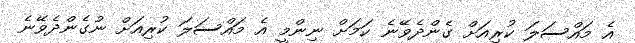
އެ މައްސަލަ ކުރިއަށް ގެންދެވޭނެ ކަމަށް ނިންމީ އެ މައްސަލަ ކުރިއަށް ނުގެންދެވޭނެ